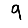
Digit: 9